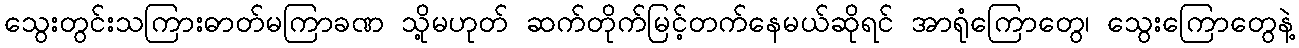
သွေးတွင်းသကြားဓာတ်မကြာခဏ သို့မဟုတ် ဆက်တိုက်မြင့်တက်နေမယ်ဆိုရင် အာရုံကြောတွေ၊ သွေးကြောတွေနဲ့